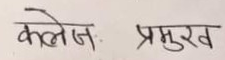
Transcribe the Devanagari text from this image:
कोलेजः प्रमुख